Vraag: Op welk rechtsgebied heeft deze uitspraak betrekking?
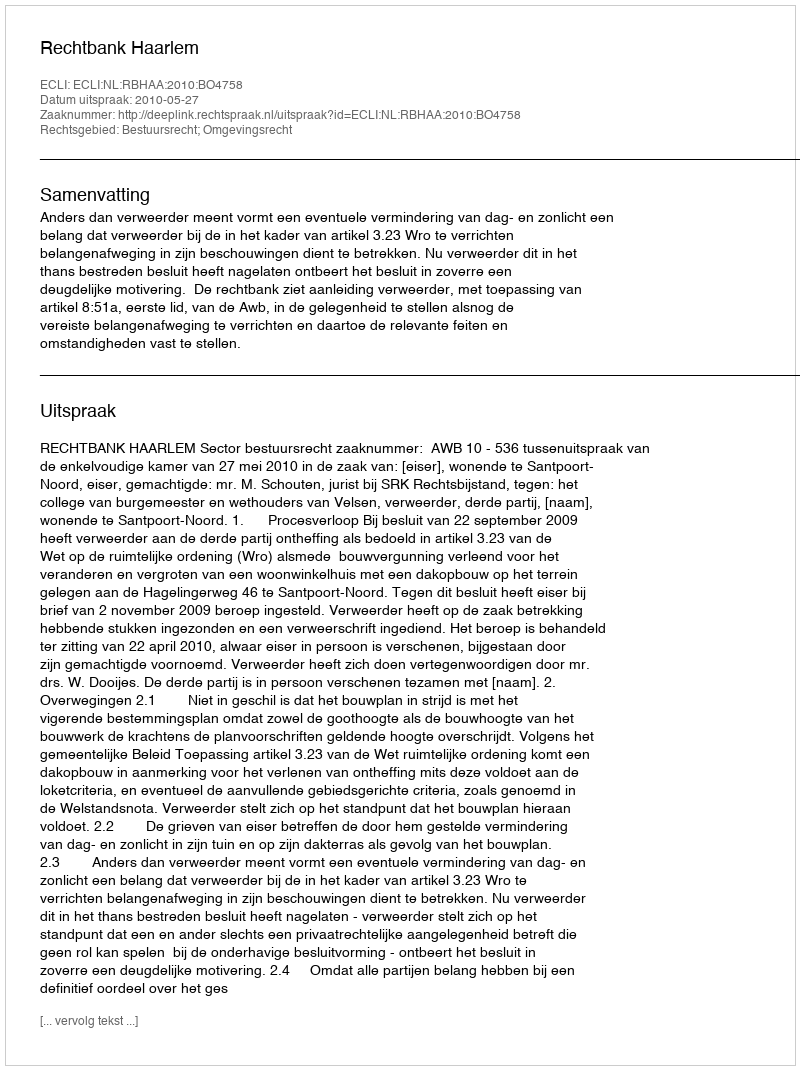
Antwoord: Bestuursrecht; Omgevingsrecht